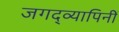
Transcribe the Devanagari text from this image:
जगद्व्यापिनीं